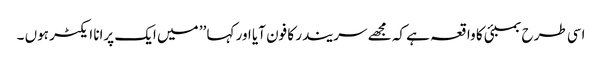
اسی طرح بمبئی کا واقعہ ہے کہ مجھے سریندر کا فون آیا اور کہا ’’ میں ایک پرانا ایکٹر ہوں ۔